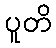
ပူတိ